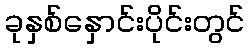
ခုနှစ်နှောင်းပိုင်းတွင်